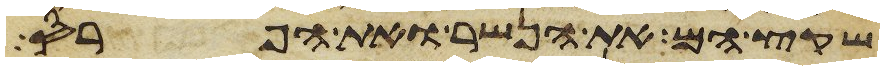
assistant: שקץ הם את הנשר ואת הפרס